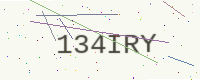
Text: 134IRY